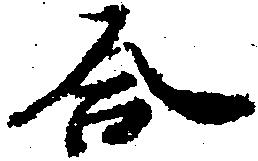
合